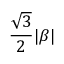
{ \frac { \sqrt { 3 } } { 2 } } | \beta |